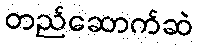
တည်ဆောက်ဆဲ